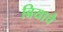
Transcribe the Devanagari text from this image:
बियाचे